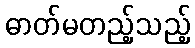
ဓာတ်မတည့်သည့်